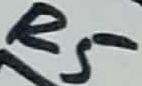
Text: R5